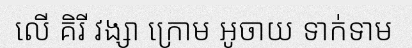
លើ គិរី វង្សា ក្រោម អូចាយ ទាក់ទាម